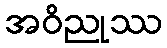
အဝိညုဿ